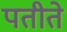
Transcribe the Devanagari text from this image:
पतीते